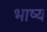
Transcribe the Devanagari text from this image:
भाष्‍य